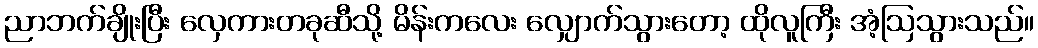
ညာဘက်ချိုးပြီး လှေကားတခုဆီသို့ မိန်းကလေး လျှောက်သွားတော့ ထိုလူကြီး အံ့ဩသွားသည်။